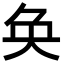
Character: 奂